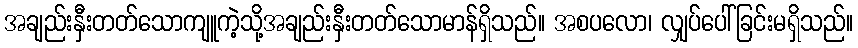
အချည်းနှီးတတ်သောကျူကဲ့သို့အချည်းနှီးတတ်သောမာန်ရှိသည်။ အစပလော၊ လျှပ်ပေါ်ခြင်းမရှိသည်။